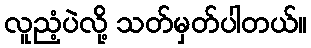
လူညံ့ပဲလို့ သတ်မှတ်ပါတယ်။